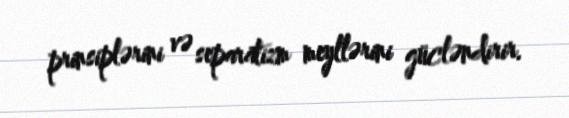
prinsiplərini və separatizm meyllərini gücləndirir.